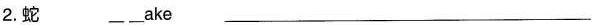
2.蛇 \underline \underline ake \underline